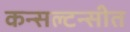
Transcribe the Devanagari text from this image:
कन्सल्टन्सीत